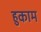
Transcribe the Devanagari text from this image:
हुकाम